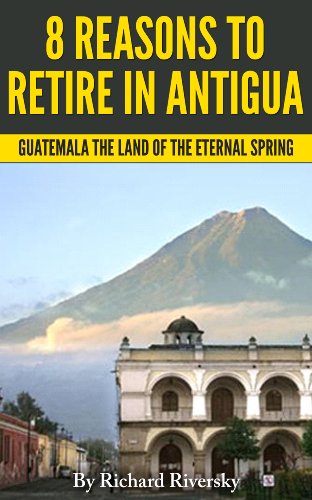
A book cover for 8 REASONS TO RETIRE IN ANTIGUA: Guatemala The Land Of The Eternal Spring; Richard Riversky; Travel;